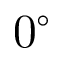
0 ^ { \circ }